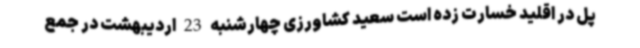
پل در اقلید خسارت زده است سعید کشاورزی چهارشنبه 23 اردیبهشت در جمع